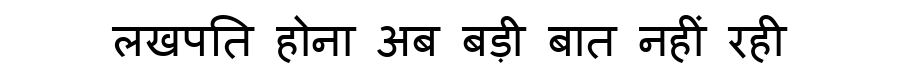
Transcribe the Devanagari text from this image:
लखपति होना अब बड़ी बात नहीं रही